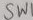
Text: SWI